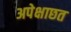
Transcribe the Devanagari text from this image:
अपेक्षाछत